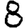
Digit: 8